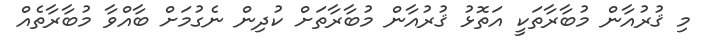
މި ޤުރުއާން މުބާރާތަކީ އަތޮޅު ޤުރުއާން މުބާރާތަށް ކުދިން ނެގުމަށް ބާއްވާ މުބާރާތެއް